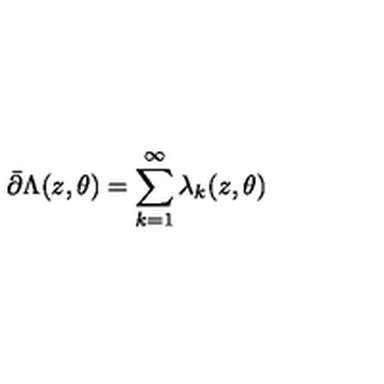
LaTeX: \bar { \partial } \Lambda ( z , \theta ) = \sum _ { k = 1 } ^ { \infty } \lambda _ { k } ( z , \theta )